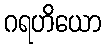
ဂရဟိယော